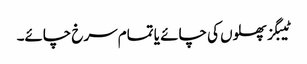
ٹیبگز پھلوں کی چائے یا تمام سرخ چائے۔